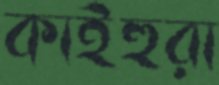
কাইহুরা